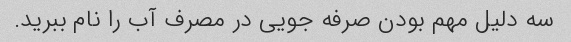
سه دلیل مهم بودن صرفه جویی در مصرف آب را نام ببرید.